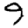
Digit: 9